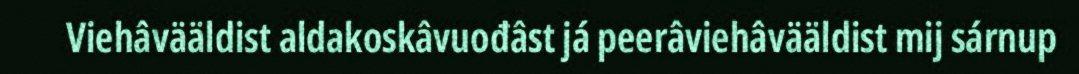
Viehâvääldist aldakoskâvuođâst já peerâviehâvääldist mij sárnup